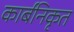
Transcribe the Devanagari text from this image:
कार्बनिकृत